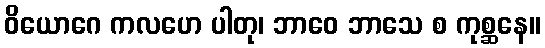
ဝိယောဂေ ကလဟေ ပါတု၊ ဘာဝေ ဘာသေ စ ကုစ္ဆနေ။